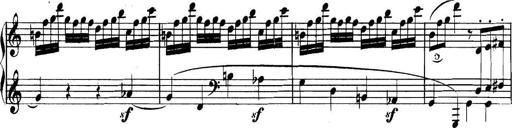
Title: Collected Piano Sonatas
Composer: Muzio Clementi